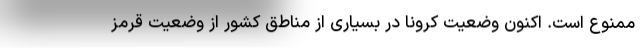
ممنوع است. اکنون وضعیت کرونا در بسیاری از مناطق کشور از وضعیت قرمز